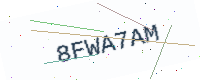
Text: 8FWA7AM